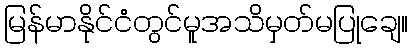
မြန်မာနိုင်ငံတွင်မူအသိမှတ်မပြုချေ။